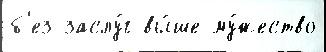
б'ез заслу́г вы́ше му́жество